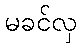
မခင်လှ